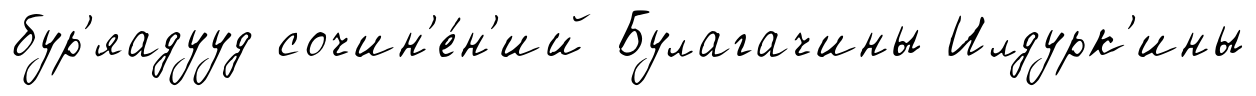
бур'яадууд сочин'е́н'ий Булагачины Илдурк'ины